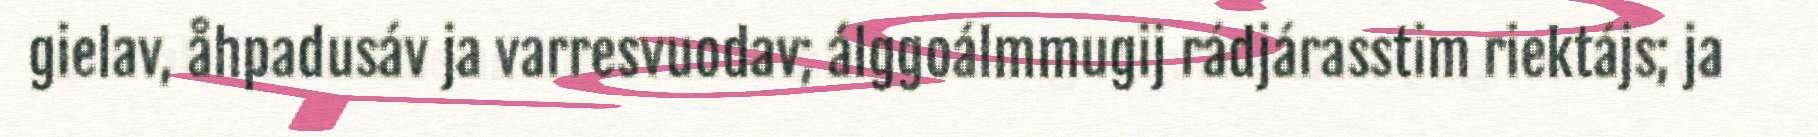
gielav, åhpadusáv ja varresvuodav; álggoálmmugij rádjárasstim riektájs; ja